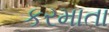
કરમાતા